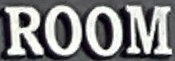
ROOM